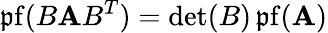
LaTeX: \operatorname{\mathfrak{p}f}(B\mathbf{A}B^{T})=\det(B)\operatorname{\mathfrak{p}f}(\mathbf{A})